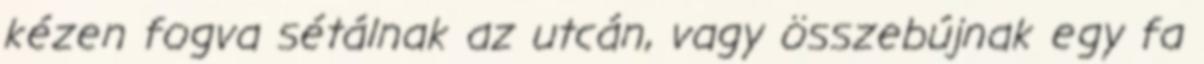
kézen fogva sétálnak az utcán, vagy összebújnak egy fa